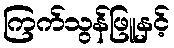
ကြက်သွန်ဖြူနှင့်